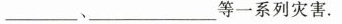
____、_____等一系列灾害。